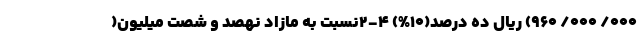
۰۰۰/ ۰۰۰/ ۹۶۰) ریال ده درصد(۱۰%) ۴-۲نسبت به مازاد نهصد و شصت میلیون(